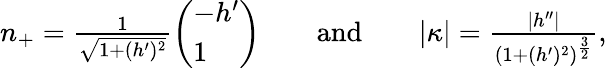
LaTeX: \begin{array}{r}{n_{+}=\frac{1}{\sqrt{1+(h^{\prime})^{2}}}\left(\begin{array}{l}{-h^{\prime}}\\ {1}\end{array}\right)\qquad\textnormal{and}\qquad|\kappa|=\frac{|h^{\prime\prime}|}{(1+(h^{\prime})^{2})^{\frac{3}{2}}},}\end{array}